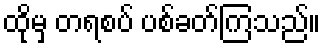
ထိုမှ တရစပ် ပစ်ခတ်ကြသည်။